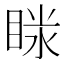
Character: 𥇫